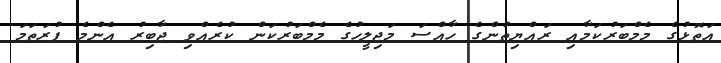
އަތޮޅުގެ މެމްބަރުކަމާއި ރައްޔިތުންގެ ހާއްސަ މަޖިލީހުގެ މެމްބަރުކަން ކުރެއްވި ޖާބިރު އެންމެ ފުރަތަމަ